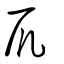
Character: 凥